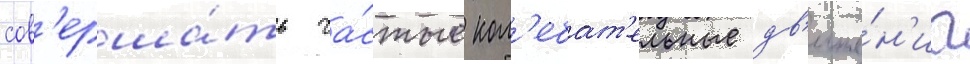
сов'ерша́ть ча́стые кол'ебат'ельные дв'иже́н'иа